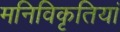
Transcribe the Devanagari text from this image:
मनिविकृतियां